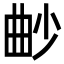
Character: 𣌱